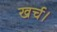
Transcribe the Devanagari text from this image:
खर्च।